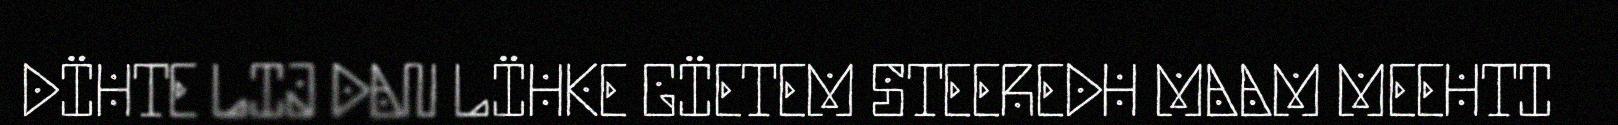
DÏHTE LIJ DAN LÏHKE GÏETEM STEEREDH MAAM MEEHTI